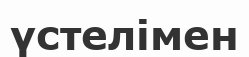
үстелімен